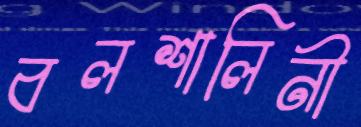
বলশালিনী